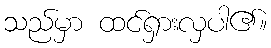
သည်မှာ ထင်ရှားလှပါ၏။